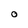
Character: O